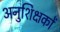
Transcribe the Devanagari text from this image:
अनुशिक्षकों